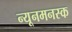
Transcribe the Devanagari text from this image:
न्यूनमनस्क